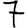
Digit: 7